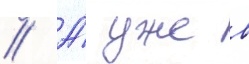
// А́ уже в